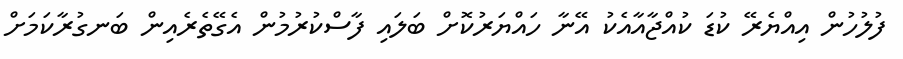
ފުލުހުން އިއްޔެރޭ ކުޑަ ކުއްޖާއާއެކު އޭނާ ހައްޔަރުކޮށް ބަލައި ފާސްކުރުމުން އެގޭތެރެއިން ބަނގުރާކަމަށް